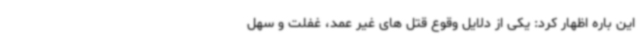
این باره اظهار کرد: یکی از دلایل وقوع قتل های غیر عمد، غفلت و سهل